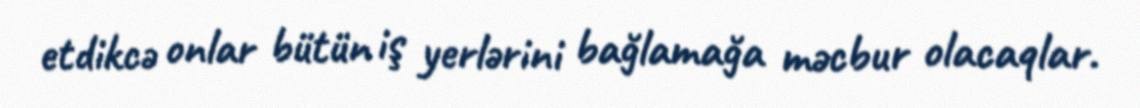
etdikcə onlar bütün iş yerlərini bağlamağa məcbur olacaqlar.